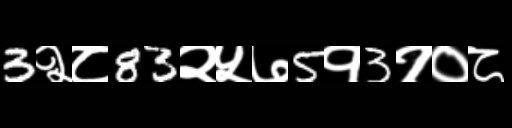
Text: 3२८83२५७5१3१०८